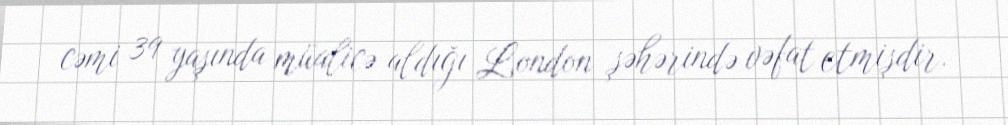
cəmi 39 yaşında müalicə aldığı London şəhərində vəfat etmişdir.